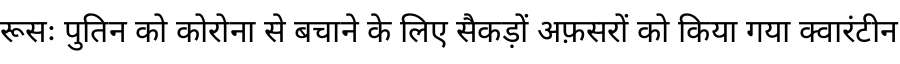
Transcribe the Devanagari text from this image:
रूसः पुतिन को कोरोना से बचाने के लिए सैकड़ों अफ़सरों को किया गया क्वारंटीन